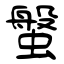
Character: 螌